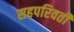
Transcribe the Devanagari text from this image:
सहपरिवर्ती